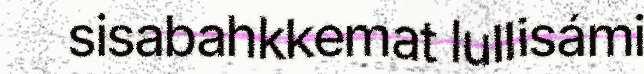
sisabahkkemat lullisámi